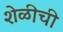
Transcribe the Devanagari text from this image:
शेळीची